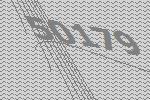
50179